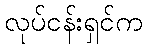
လုပ်ငန်းရှင်က